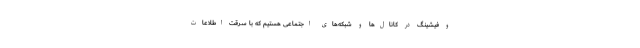
و فیشینگ در کانال‌ها و شبکه‌های‌ اجتماعی هستیم که با سرقت اطلاعات